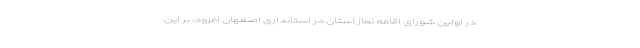
در اولین شورای اقامه نماز استان در استانداری اصفهان افزود: بر این